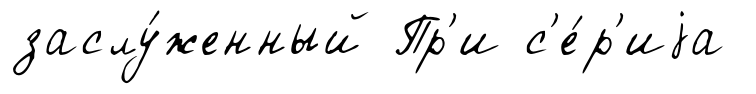
заслу́женный Пр'и с'е́р'иjа